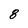
Character: 8